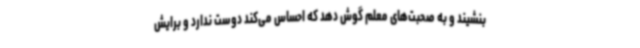
بنشیند و به صحبت‌های معلم گوش دهد که احساس می‌کند دوست ندارد و برایش